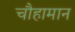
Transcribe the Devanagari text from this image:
चौहामान